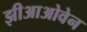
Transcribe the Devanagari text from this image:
झीआओवेन